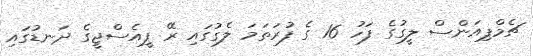
ޗެމްޕިއަންސް ލީގުގެ ފަހު 16 ގެ ފުރަތަމަ ލެގުގައި ރޭ ޕީއެސްޖީގެ ދަނޑުގައި